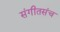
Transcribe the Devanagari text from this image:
संगीतसंच